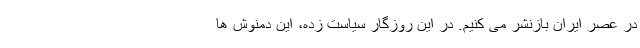
در عصر ایران بازنشر می کنیم. در این روزگار سیاست زده، این دمنوش ها